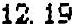
12.19